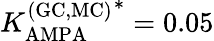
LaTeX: {K_{\mathrm{AMPA}}^{\mathrm{(GC,MC)}}}^{*}=0.05